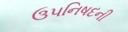
ઉપનિષદની